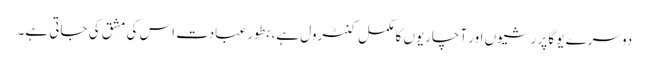
دوسرے یوگا پر رشیوں اور آچاریوں کا مکمل کنٹرول ہے، بطور عبادت اس کی مشق کی جاتی ہے۔